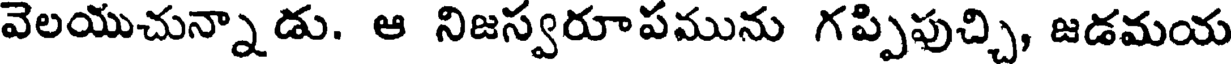
వెలయుచున్నాడు. ఆ నిజస్వరూపమును గప్పిపుచ్చి, జడమయ